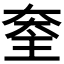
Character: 𡙃